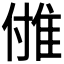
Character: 𨾪